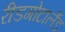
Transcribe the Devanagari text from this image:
रीडगोटालैंड